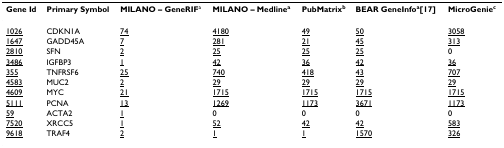
<table><thead><tr><td><b>Gene Id</b></td><td><b>Primary Symbol</b></td><td><b>MILANO – GeneRIF<sup>a</sup></b></td><td><b>MILANO – Medline<sup>a</sup></b></td><td><b>PubMatrix<sup>b</sup></b></td><td><b>BEAR GeneInfo<sup>a</sup>[17]</b></td><td><b>MicroGenie<sup>c</sup></b></td></tr></thead><tbody><tr><td><underline>1026</underline></td><td>CDKN1A</td><td><underline>74</underline></td><td><underline>4180</underline></td><td><underline>49</underline></td><td><underline>50</underline></td><td><underline>3058</underline></td></tr><tr><td><underline>1647</underline></td><td>GADD45A</td><td><underline>7</underline></td><td><underline>281</underline></td><td><underline>21</underline></td><td><underline>45</underline></td><td><underline>313</underline></td></tr><tr><td><underline>2810</underline></td><td>SFN</td><td><underline>2</underline></td><td><underline>25</underline></td><td><underline>25</underline></td><td><underline>25</underline></td><td>0</td></tr><tr><td><underline>3486</underline></td><td>IGFBP3</td><td><underline>1</underline></td><td><underline>42</underline></td><td><underline>36</underline></td><td><underline>42</underline></td><td><underline>36</underline></td></tr><tr><td><underline>355</underline></td><td>TNFRSF6</td><td><underline>25</underline></td><td><underline>740</underline></td><td><underline>418</underline></td><td><underline>43</underline></td><td><underline>707</underline></td></tr><tr><td><underline>4583</underline></td><td>MUC2</td><td><underline>2</underline></td><td><underline>29</underline></td><td><underline>29</underline></td><td><underline>29</underline></td><td><underline>29</underline></td></tr><tr><td><underline>4609</underline></td><td>MYC</td><td><underline>21</underline></td><td><underline>1715</underline></td><td><underline>1715</underline></td><td><underline>1715</underline></td><td><underline>1715</underline></td></tr><tr><td><underline>5111</underline></td><td>PCNA</td><td><underline>13</underline></td><td><underline>1269</underline></td><td><underline>1173</underline></td><td><underline>3671</underline></td><td><underline>1173</underline></td></tr><tr><td><underline>59</underline></td><td>ACTA2</td><td><underline>1</underline></td><td>0</td><td>0</td><td>0</td><td>0</td></tr><tr><td><underline>7520</underline></td><td>XRCC5</td><td><underline>1</underline></td><td><underline>52</underline></td><td><underline>42</underline></td><td><underline>42</underline></td><td><underline>583</underline></td></tr><tr><td><underline>9618</underline></td><td>TRAF4</td><td><underline>2</underline></td><td><underline>1</underline></td><td><underline>1</underline></td><td><underline>1570</underline></td><td><underline>326</underline></td></tr></tbody></table>